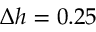
\Delta h = 0 . 2 5